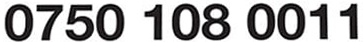
0750 108 0011